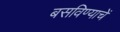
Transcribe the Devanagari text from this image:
बसविण्याचें